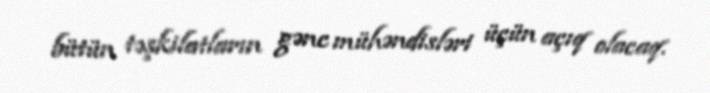
bütün təşkilatların gənc mühəndisləri üçün açıq olacaq.